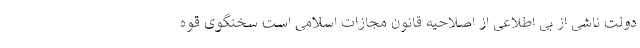
دولت ناشی از بی اطلاعی از اصلاحیه قانون مجازات اسلامی است سخنگوی قوه